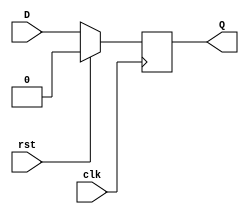
`timescale 1ns / 1ps
//////////////////////////////////////////////////////////////////////////////////
// Company: 
// Engineer: 
// 
// Design Name: 
// Module Name: DFF
// Project Name: 
// Target Devices: 
// Tool Versions: 
// Description: 
// 
// Dependencies: 
// 
// Revision:
// Revision 0.01 - File Created
// Additional Comments:
// 
//////////////////////////////////////////////////////////////////////////////////


module DFF(
    input D,
    input clk,
    input rst,
    output Q
    );
    
    reg temp;
    
    always @(posedge clk) begin
        if (rst)
            temp <= 0;
        else
            temp <= D;
    end
    
    assign Q = temp;
endmodule